Reports on military cantonments and civil stations in the Presidency of Bombay inspected by the Sanitary Commissioner in the years 1875 and 1876
Year: 1875
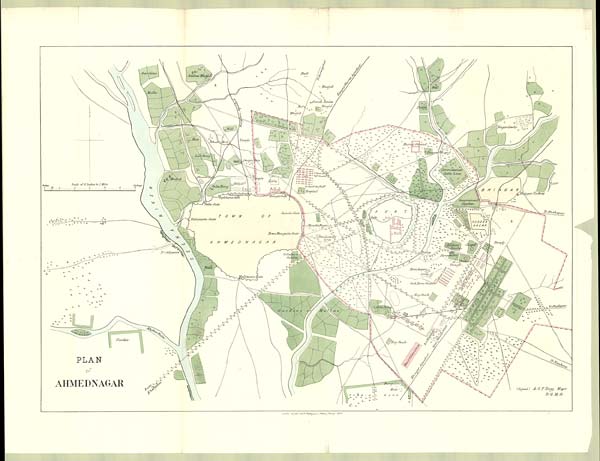
PLAN
of
AHMEDNAGAR
(Signed) A.G.F.Hogg. Major
D . Q . M . G .
Litho: at the Govt Photozinco, office, Poora. 1877